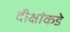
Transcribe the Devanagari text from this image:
दीक्षांकडे